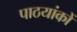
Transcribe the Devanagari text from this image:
पाठयांकों